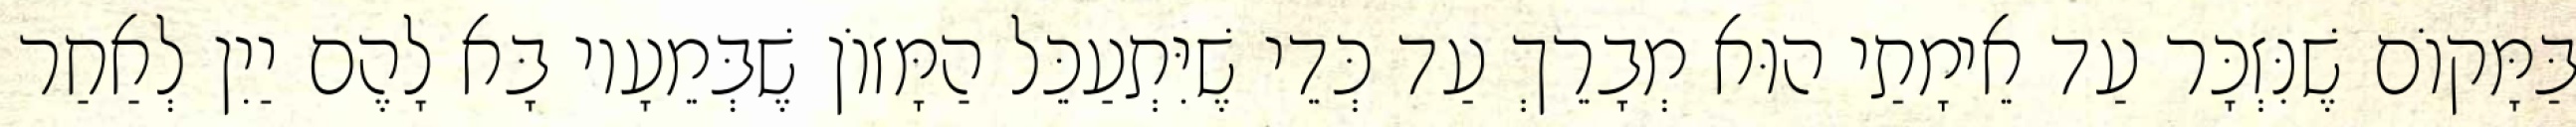
בַּמָּקוֹם שֶׁנִּזְכָּר עַד אֵימָתַי הוּא מְבָרֵךְ עַד כְּדֵי שֶׁיִּתְעַכֵּל הַמָּזוֹן שֶׁבְּמֵעָיו בָּא לָהֶם יַיִן לְאַחַר